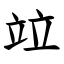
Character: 竝